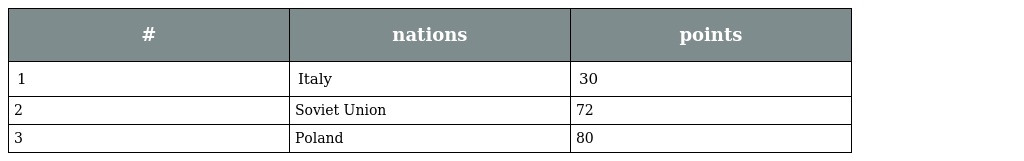
| # | nations | points |
 | --- | --- | --- |
 | 1 | Italy | 30 |
 | 2 | Soviet Union | 72 |
 | 3 | Poland | 80 |